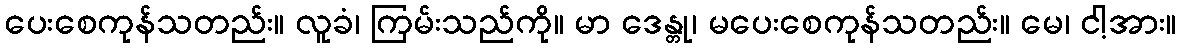
ပေးစေကုန်သတည်း။ လူခံ၊ ကြမ်းသည်ကို။ မာ ဒေန္တု၊ မပေးစေကုန်သတည်း။ မေ၊ ငါ့အား။